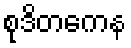
စုဒိတကေန